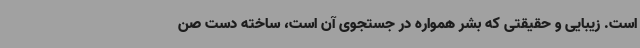
است. زیبایی و حقیقتی که بشر همواره در جستجوی آن است، ساخته دست صن